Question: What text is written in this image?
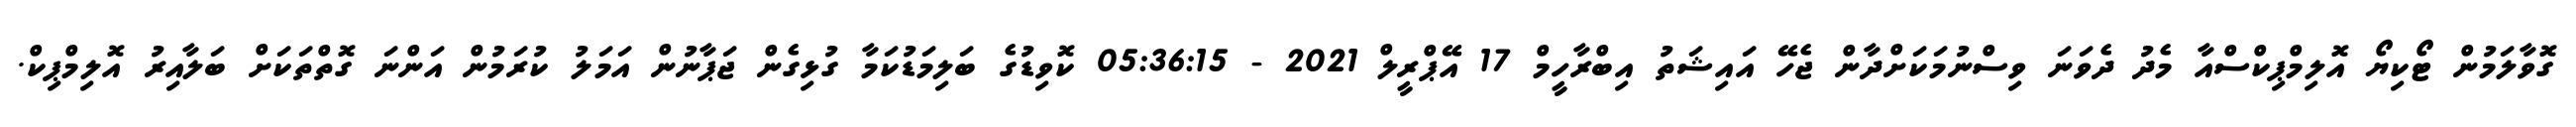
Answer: ގޮވާލަމުން ޓޯކިޔޯ އޮލިމްޕިކްސްއާ މެދު ދެވަނަ ވިސްނުމަކަށްދާން ޖެހޭ އައިޝަތު އިބްރާހީމް 17 އޭޕްރީލް 2021 - 05:36:15 ކޮވިޑުގެ ބަލިމަޑުކަމާ ގުޅިގެން ޖަޕާނުން އަމަލު ކުރަމުން އަންނަ ގޮތްތަކަށް ބަލާއިރު އޮލިމްޕިކް.